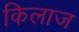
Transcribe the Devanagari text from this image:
किलाज